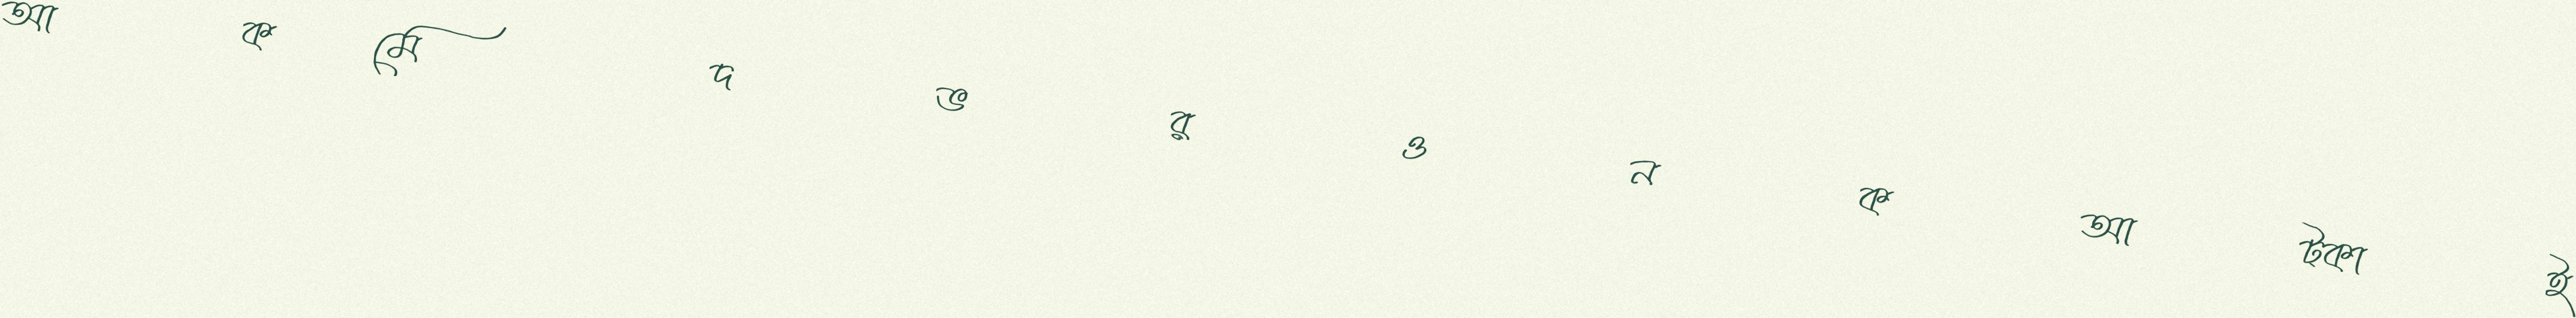
আকমেদভরওনকআট্‌কাই